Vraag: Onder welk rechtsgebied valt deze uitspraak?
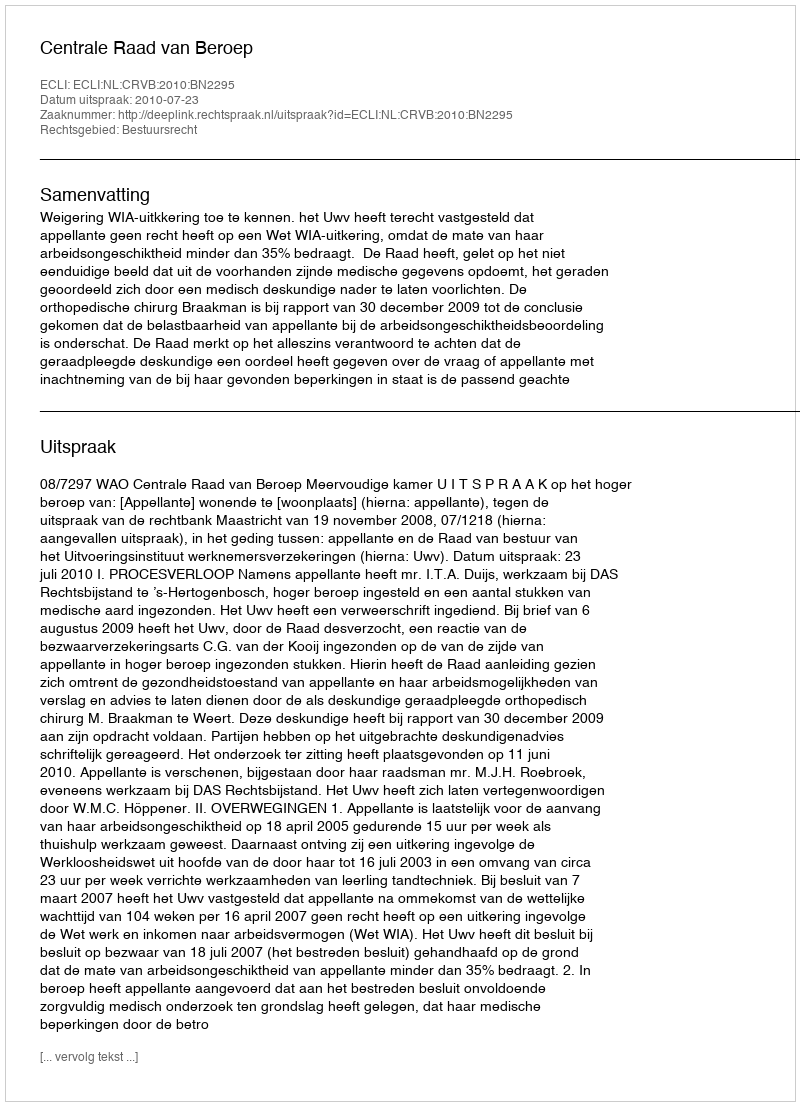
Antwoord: Bestuursrecht